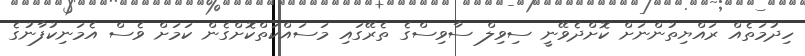
ހިދުމަތެއް ރައްޔިތުންނަށް ކޮށްދެވޭނީ ސިވިލް ސާވިސްގެ ތެރޭގައި މަސައްކަތްކޮށްގެން ކަމަށް ވެސް އެމަނިކުފާނުގެ